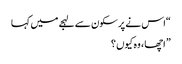
“اس نے پرسکون سے لہجے میں کہا
” اچھا ، وہ کیوں ؟